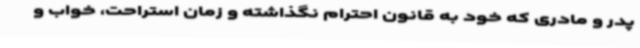
پدر و مادری که خود به قانون احترام نگذاشته و زمان استراحت، خواب و